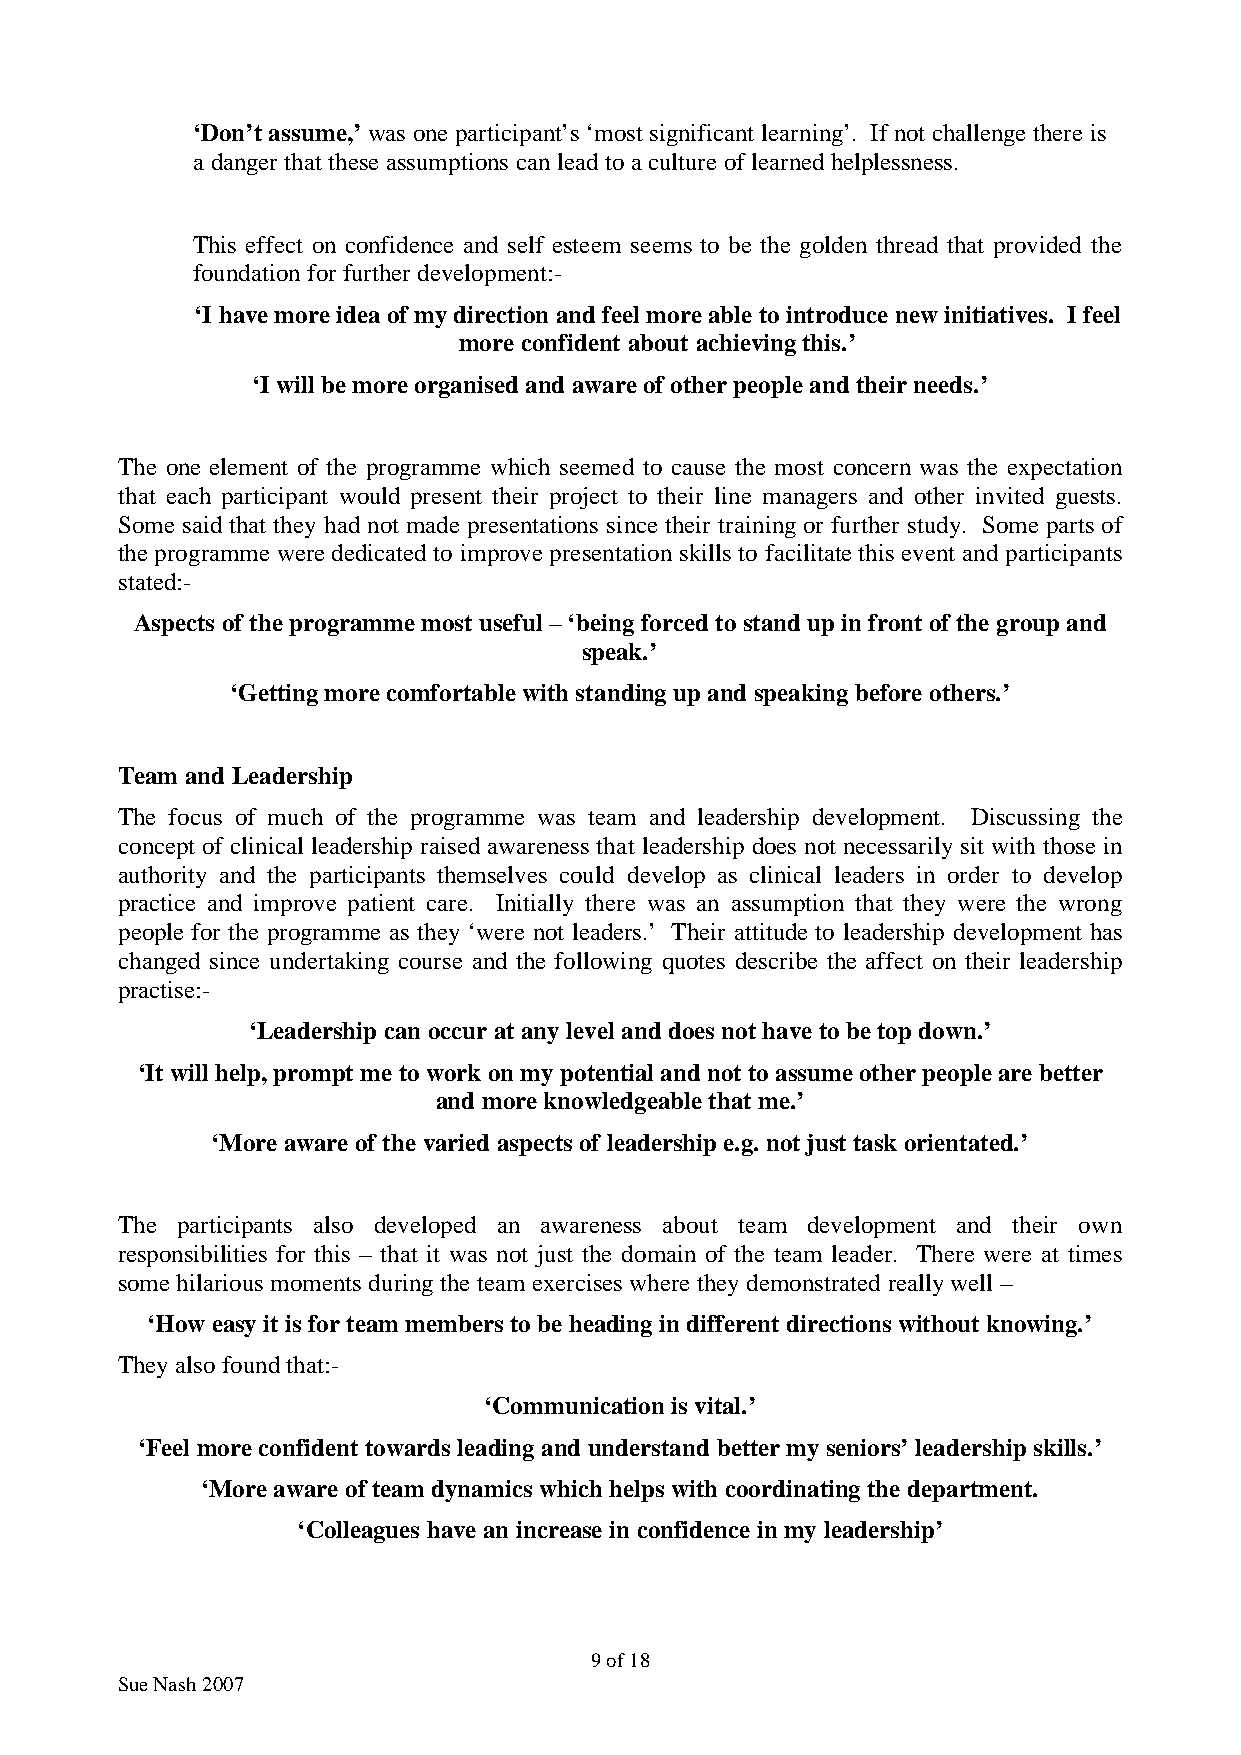
‘Don’t assume,’ was one participant’s ‘most significant learning’. If not challenge there is
 a danger that these assumptions can lead to a culture of learned helplessness.
 This effect on confidence and self esteem seems to be the golden thread that provided the
 foundation for further development:-
 ‘I have more idea of my direction and feel more able to introduce new initiatives. I feel
 more confident about achieving this.’
 ‘I will be more organised and aware of other people and their needs.’
 The one element of the programme which seemed to cause the most concern was the expectation
 that each participant would present their project to their line managers and other invited guests.
 Some said that they had not made presentations since their training or further study. Some parts of
 the programme were dedicated to improve presentation skills to facilitate this event and participants
 stated:-
 Aspects of the programme most useful – ‘being forced to stand up in front of the group and
 speak.’
 ‘Getting more comfortable with standing up and speaking before others.’
 Team and Leadership
 The focus of much of the programme was team and leadership development. Discussing the
 concept of clinical leadership raised awareness that leadership does not necessarily sit with those in
 authority and the participants themselves could develop as clinical leaders in order to develop
 practice and improve patient care. Initially there was an assumption that they were the wrong
 people for the programme as they ‘were not leaders.’ Their attitude to leadership development has
 changed since undertaking course and the following quotes describe the affect on their leadership
 practise:-
 ‘Leadership can occur at any level and does not have to be top down.’
 ‘It will help, prompt me to work on my potential and not to assume other people are better
 and more knowledgeable that me.’
 ‘More aware of the varied aspects of leadership e.g. not just task orientated.’
 The participants also developed an awareness about team development and their own
 responsibilities for this – that it was not just the domain of the team leader. There were at times
 some hilarious moments during the team exercises where they demonstrated really well –
 ‘How easy it is for team members to be heading in different directions without knowing.’
 They also found that:-
 ‘Communication is vital.’
 ‘Feel more confident towards leading and understand better my seniors’ leadership skills.’
 ‘More aware of team dynamics which helps with coordinating the department.
 ‘Colleagues have an increase in confidence in my leadership’
 9 of 18
 Sue Nash 2007